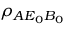
{ { \rho } _ { { A } E _ { 0 } B _ { 0 } } }